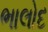
ભાલોદ